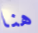
هنا